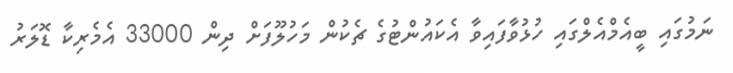
ނަމުގައި ބީއެމްއެލްގައި ހުޅުވާފައިވާ އެކައުންޓުގެ ޗެކުން މަހުލޫފަށް ދިން 33000 އެމެރިކާ ޑޮލަރު